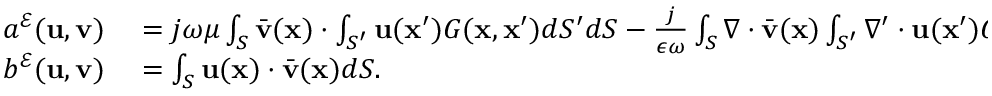
\begin{array} { r l } { a ^ { \mathcal { E } } ( \mathbf { u } , \mathbf { v } ) } & { { } { } = j \omega \mu \int _ { S } \bar { \mathbf { v } } ( \mathbf { x } ) \cdot \int _ { S ^ { \prime } } \mathbf { u } ( \mathbf { x } ^ { \prime } ) G ( \mathbf { x } , \mathbf { x } ^ { \prime } ) d S ^ { \prime } d S - \frac { j } { \epsilon \omega } \int _ { S } \nabla \cdot \bar { \mathbf { v } } ( \mathbf { x } ) \int _ { S ^ { \prime } } \nabla ^ { \prime } \cdot \mathbf { u } ( \mathbf { x } ^ { \prime } ) G ( \mathbf { x } , \mathbf { x } ^ { \prime } ) d S ^ { \prime } d S , } \\ { b ^ { \mathcal { E } } ( \mathbf { u } , \mathbf { v } ) } & { { } { } = \int _ { S } \mathbf { u } ( \mathbf { x } ) \cdot \bar { \mathbf { v } } ( \mathbf { x } ) d S . } \end{array}